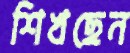
শিখছেন